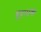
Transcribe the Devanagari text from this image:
बृहन्मन्त्रः